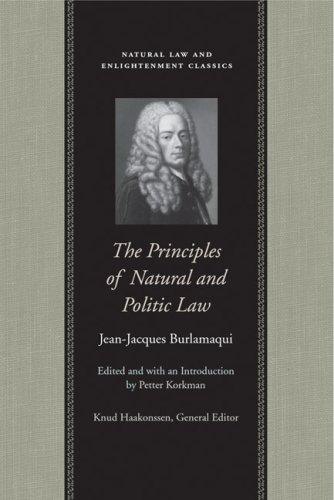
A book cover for The Principles of Natural and Politic Law (Natural Law Paper); Jean-Jacques Burlamaqui; Law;